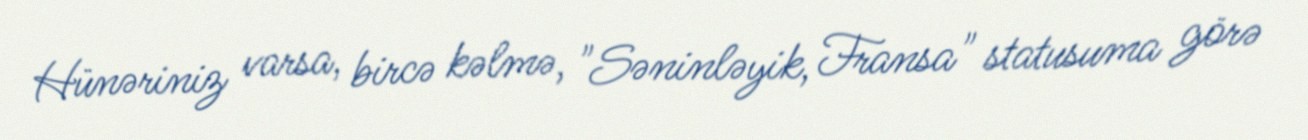
Hünəriniz varsa, bircə kəlmə, "Səninləyik, Fransa" statusuma görə